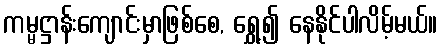
ကမ္မဋ္ဌာန်းကျောင်းမှာဖြစ်စေ, ရွှေ့၍ နေနိုင်ပါလိမ့်မယ်။